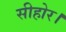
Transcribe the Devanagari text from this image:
सीहोर।